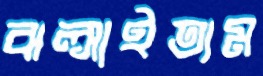
ঝল্‌সাইতাম